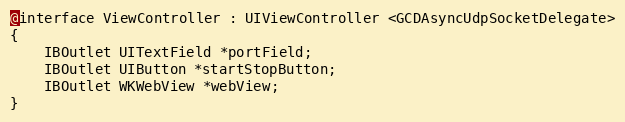
Language: C
@interface ViewController : UIViewController <GCDAsyncUdpSocketDelegate>
{
	IBOutlet UITextField *portField;
	IBOutlet UIButton *startStopButton;
	IBOutlet WKWebView *webView;
}